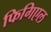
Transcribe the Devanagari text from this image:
फिगिएल